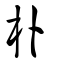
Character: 朴